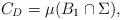
LaTeX: \begin{align*}C_D = \mu(B_1\cap \Sigma),\end{align*}